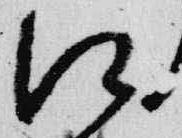
江